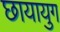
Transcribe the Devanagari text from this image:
छायायुग